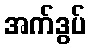
အက်ဒွပ်